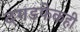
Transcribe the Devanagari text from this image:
दगडफेकही